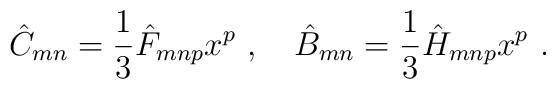
\hat C_{mn} = \frac{1}{3} \hat F_{mnp} x^p\ ,\quad \hat B_{mn} = \frac{1}{3}\hat H_{mnp} x^p\ .